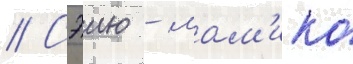
// Сэию - мам'ико